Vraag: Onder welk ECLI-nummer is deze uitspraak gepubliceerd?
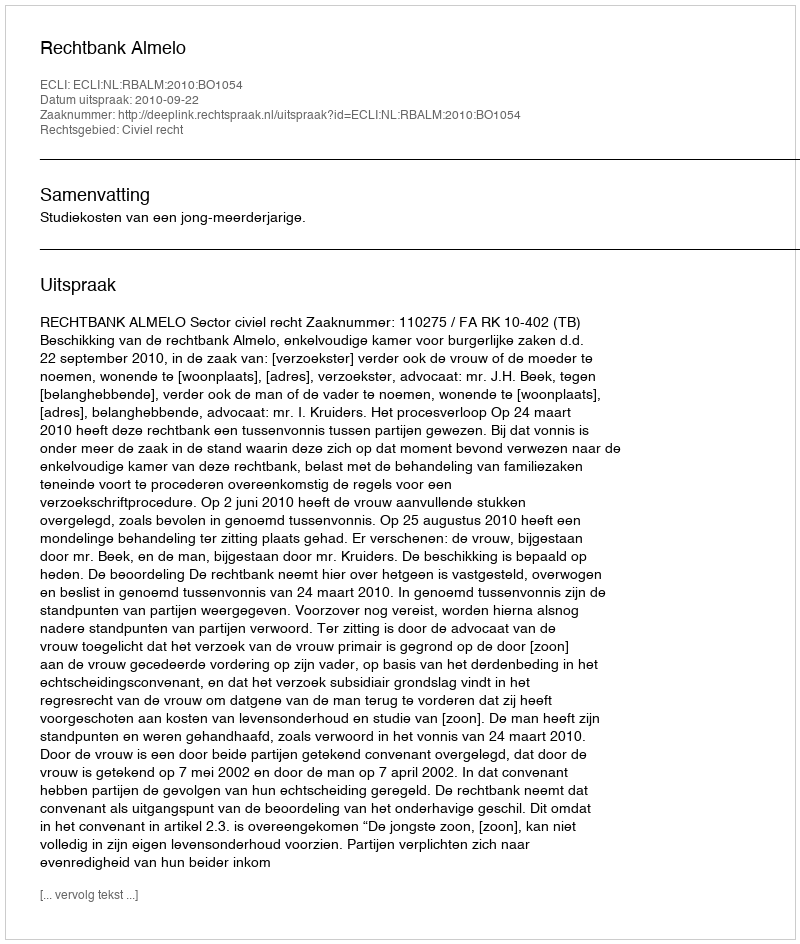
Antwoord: ECLI:NL:RBALM:2010:BO1054